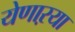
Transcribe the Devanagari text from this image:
येणाऱया